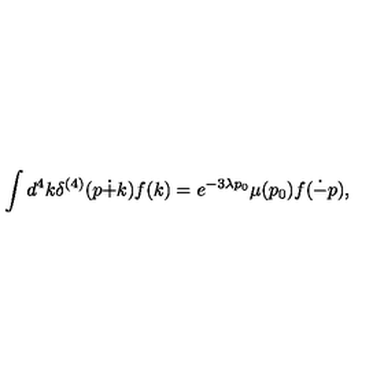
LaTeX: \int d ^ { 4 } k \delta ^ { ( 4 ) } ( p \dot { + } k ) f ( k ) = e ^ { - 3 \lambda p _ { 0 } } \mu ( p _ { 0 } ) f ( \dot { - } p ) ,